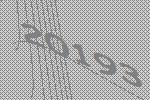
20193